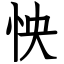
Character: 怏